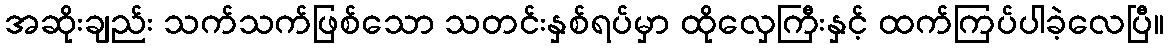
အဆိုးချည်း သက်သက်ဖြစ်သော သတင်းနှစ်ရပ်မှာ ထိုလှေကြီးနှင့် ထက်ကြပ်ပါခဲ့လေပြီ။